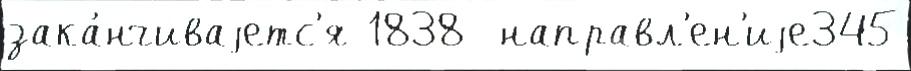
зака́нчиваjетс'я 1838  направл'ен'иjе345